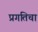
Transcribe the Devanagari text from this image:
प्रगतिचा